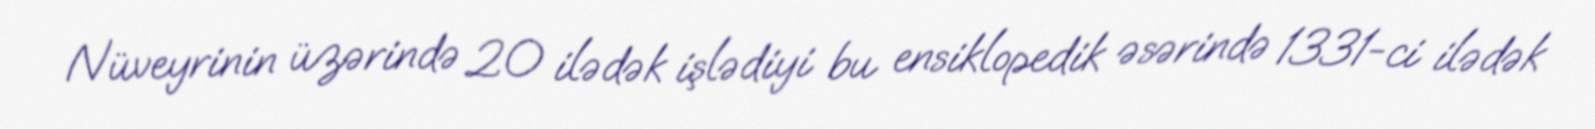
Nüveyrinin üzərində 20 ilədək işlədiyi bu ensiklopedik əsərində 1331-ci ilədək